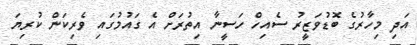
އަދި މިހާރުގެ ބޮޑުވަޒީރު ސެއިހް ހަސީނާ އިތުރަށް އެ ގައުމުގައި ވެރިކަން ކުރިޔަ